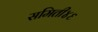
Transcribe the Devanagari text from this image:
समिती४६